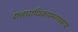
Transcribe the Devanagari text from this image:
राजाराधिकारमणप्रसाद